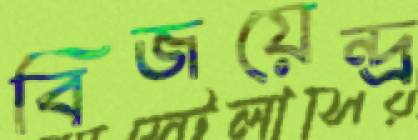
বিজয়েন্দ্র